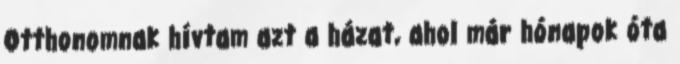
Otthonomnak hívtam azt a házat, ahol már hónapok óta